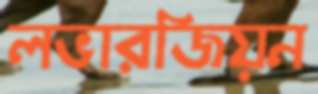
লভারজিয়ন